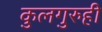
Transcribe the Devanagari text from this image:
कुलगुरुही